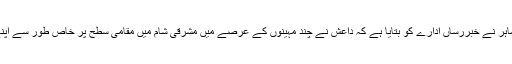
امریکہ میں دہشت گردی کی سرکوبی کے ایک ماہر نے خبررساں ادارے کو بتایا ہے کہ داعش نے چند مہینوں کے عرصے میں مشرقی شام میں مقامی سطح پر خاص طور سے اپنے آپریشن کی صلاحیتوں میں بہتری پیدا کی ہے۔